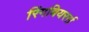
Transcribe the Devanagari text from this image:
रिंगबियरर्स